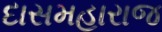
દાસમહારાજ